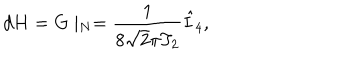
d H = G \mid _ { N } = { \frac { 1 } { 8 \sqrt { 2 } \pi T _ { 2 } } } \hat { I } _ { 4 } ,